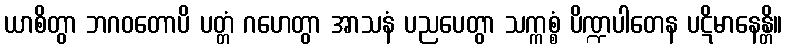
ယာစိတွာ ဘဂဝတောပိ ပတ္တံ ဂဟေတွာ အာသနံ ပညပေတွာ သက္ကစ္စံ ပိဏ္ဍပါတေန ပဋိမာနေန္တိ။